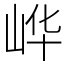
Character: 㟆